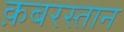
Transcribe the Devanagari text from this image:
क़बरस्तान